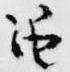
笛